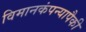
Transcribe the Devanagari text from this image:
विमानकंपन्यापैकी